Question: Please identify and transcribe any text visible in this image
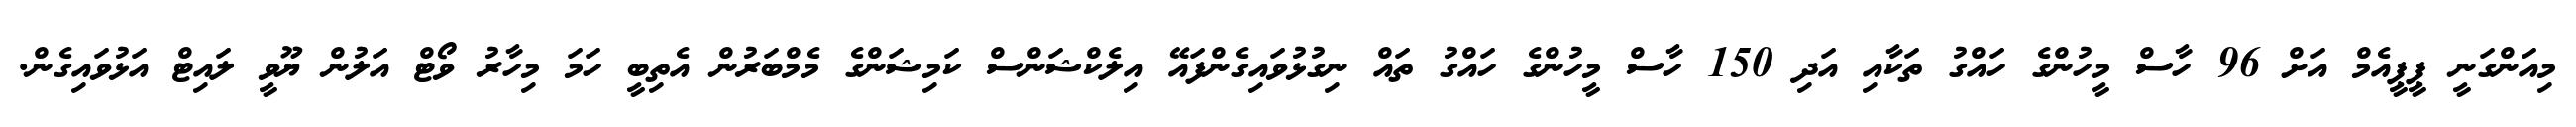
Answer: މިއަންގަނީ ޕީޕީއެމް އަށް 96 ހާސް މީހުންގެ ހައްގު ތަކާއި އަދި 150 ހާސް މީހުންގެ ހައްގު ތައް ނިގުޅުވައިގެންފައޭ އިލެކްޝަންސް ކަމިޝަންގެ މެމްބަރުން އެތިބީ ހަމަ މިހާރު ވޯޓް އަލުން ޔޫވީ ލައިޓް އަޅުވައިގެން.